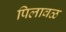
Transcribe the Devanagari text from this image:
पिलावळ